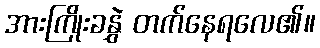
အားကြိုးခနွှဲ တက်နေရလေ၏။